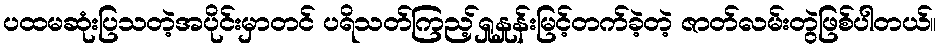
ပထမဆုံးပြသတဲ့အပိုင်းမှာတင် ပရိသတ်ကြည့်ရှုနှုန်းမြင့်တက်ခဲ့တဲ့ ဇာတ်လမ်းတွဲဖြစ်ပါတယ်။